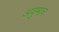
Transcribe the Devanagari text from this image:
अनुमानः